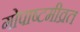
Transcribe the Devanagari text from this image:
गोपाष्टमीव्रत